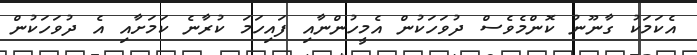
އެކަމަކު ގާނޫނު ކޮންމެވެސް ދުވަހަކުން އެމީހުންނާއި ފައިހަމަ ކުރާނެ ކަމަށާއި އެ ދުވަހަކުން